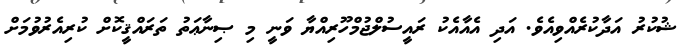
ޝުކުރު އަދާކުރެއްވިއެވެ. އަދި އެއާއެކު ރައީސުލްޖުމްހޫރިއްޔާ ވަނީ މި ޞިނާޢަތު ތަރައްޤީކޮށް ކުރިއެރުވުމަށް